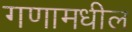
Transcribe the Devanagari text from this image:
गणामधील